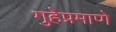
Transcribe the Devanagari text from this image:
गुहेप्रमाणे